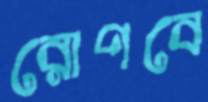
রোপবে